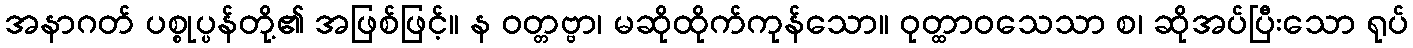
အနာဂတ် ပစ္စုပ္ပန်တို့၏ အဖြစ်ဖြင့်။ န ဝတ္တဗ္ဗာ၊ မဆိုထိုက်ကုန်သော။ ဝုတ္ထာဝသေသာ စ၊ ဆိုအပ်ပြီးသော ရုပ်